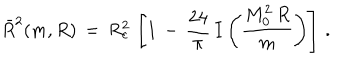
\bar { R } ^ { 2 } ( m , R ) \, = \, R _ { c } ^ { 2 } \, \left[ 1 \, - \, \frac { 2 4 } { \pi } \, I \left( \frac { M _ { 0 } ^ { 2 } \, R } { m } \right) \right] \, { . }